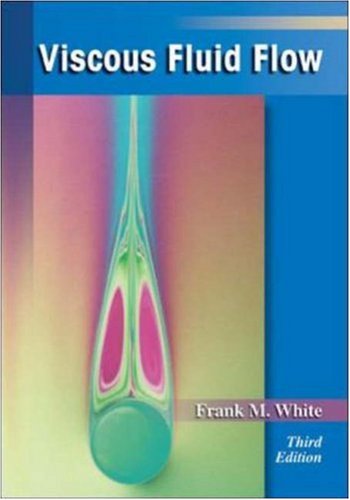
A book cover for Viscous Fluid Flow (McGraw-Hill Mechanical Engineering); Frank White; Science & Math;